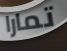
تمارا